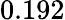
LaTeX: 0.192